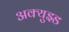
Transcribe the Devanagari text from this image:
अक्युझ्ड